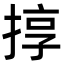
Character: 㨃